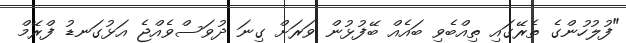
"ފުލުހުންގެ ތެރޭގައި ތިއްބެވި ބައެއް ބޭފުޅުން ވަރަށް ގިނަ ދުވަސްވެއްޖެ އަޅުގަނޑު ފްރޭމް